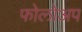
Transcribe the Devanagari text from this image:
फोलोअप